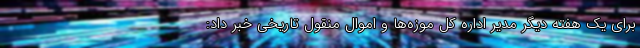
برای یک هفته دیگر مدیر اداره کل موزه‌ها و اموال منقول تاریخی خبر داد: